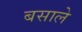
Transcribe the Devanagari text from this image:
बसाले